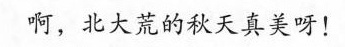
啊，北大荒的秋天真美呀！